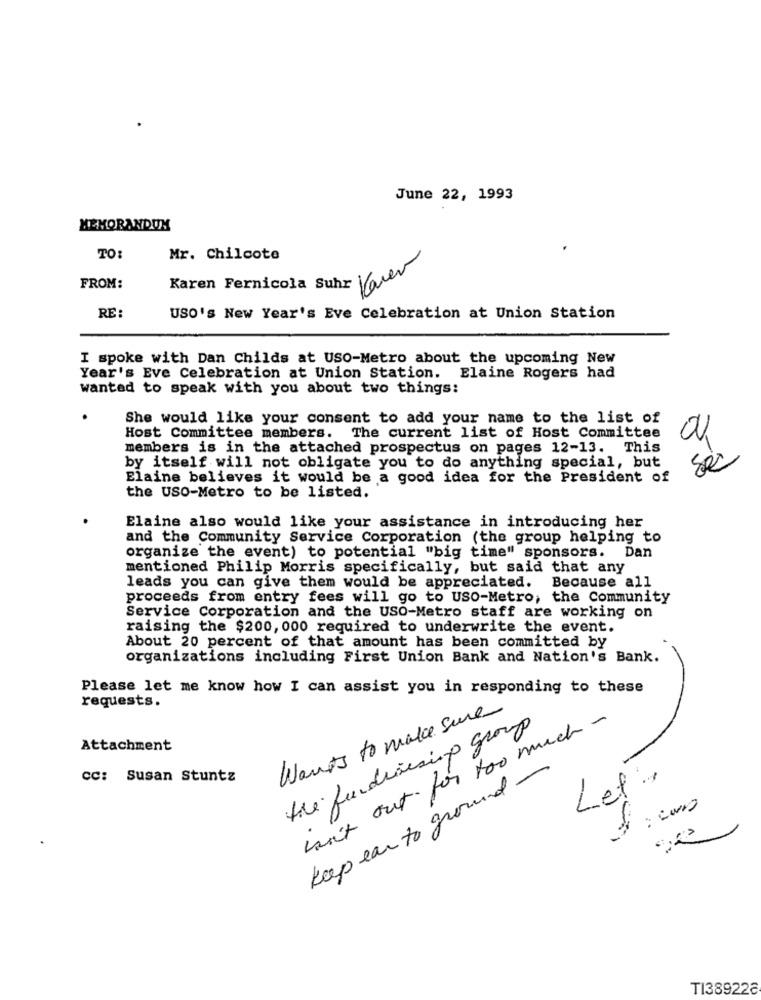
June 22, 1993
MEMORANDUM
TO:
Mr. Chilcote
Karen
FROM:
Karen Fernicola Suhr
RE:
USO's New Year's Eve Celebration at Union Station
I spoke with Dan Childs at USO-Metro about the upcoming New
Year's Eve Celebration at Union Station. Elaine Rogers had
wanted to speak with you about two things:
She would like your consent to add your name to the list of
Host Committee members.
The current list of Host Committee
members is in the attached prospectus on pages 12-13. This
by itself will not obligate you to do anything special, but
Elaine believes it would be a good idea for the President of
the USO-Metro to be listed.
Elaine also would like your assistance in introducing her
and the Community Service Corporation (the group helping to
organize the event) to potential "big time" sponsors. Dan
mentioned Philip Morris specifically, but said that any
Because all
leads you can give them would be appreciated.
proceeds from entry fees will go to USO-Metro, the Community
Service Corporation and the USO-Metro staff are working on
raising the $200, 000 required to underwrite the event.
About 20 percent of that amount has been committed by
organizations including First Union Bank and Nation's Bank.
Please let me know how I can assist you in responding to these
requests.
Wants to make sure
hast out for too much -
the fundraising group
Attachment
CC: Susan Stuntz
keep ear to ground -
Let.
TI389228